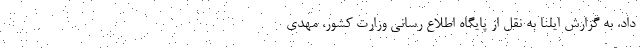
داد. به گزارش ایلنا به نقل از پایگاه اطلاع رسانی وزارت کشور، مهدی